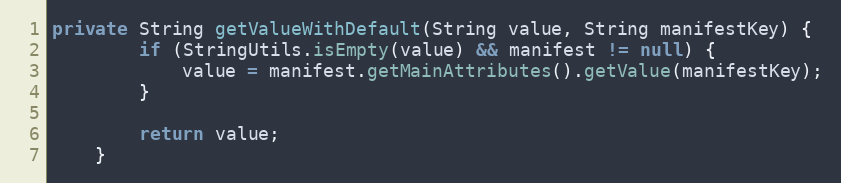
Language: Java
private String getValueWithDefault(String value, String manifestKey) {
        if (StringUtils.isEmpty(value) && manifest != null) {
            value = manifest.getMainAttributes().getValue(manifestKey);
        }

        return value;
    }